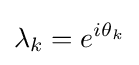
\lambda _{k}=e^{i\theta _{k}}